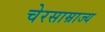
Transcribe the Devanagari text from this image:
चेरसाम्राज्य